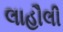
લાહૌલી